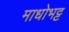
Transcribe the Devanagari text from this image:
माधोभट्ट